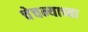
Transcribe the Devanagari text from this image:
चेचन्याच्या